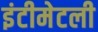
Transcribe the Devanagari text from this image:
इंटीमेटली